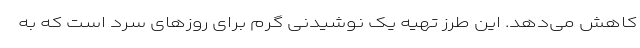
کاهش می‌دهد. این طرز تهیه یک نوشیدنی گرم برای روز‌های سرد است که به